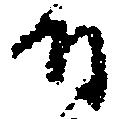
付